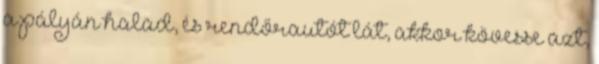
a pályán halad, és rendőrautót lát, akkor kövesse azt,